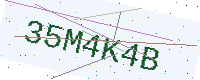
Text: 35M4K4B